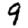
Digit: 9